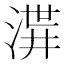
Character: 𱧋